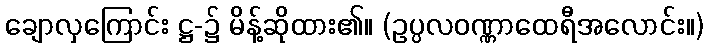
ချောလှကြောင်း ဋ္ဌ-၌ မိန့်ဆိုထား၏။ (ဥပ္ပလဝဏ္ဏာထေရီအလောင်း။)